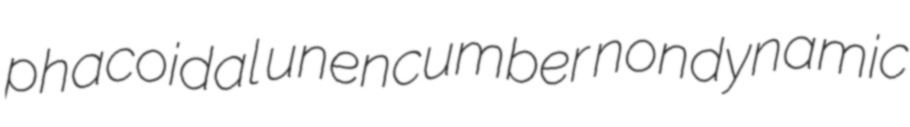
phacoidal unencumber nondynamic